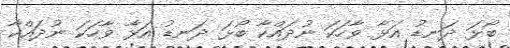
ބޯޅަ ދަނޑު އަޅާ ވާހަކަ ނުދައްކާ ބޯޅަ ދަނޑު އަޅާ ވާހަކަ ނުދައްކާ